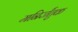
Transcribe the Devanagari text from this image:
मनिर्जंतुक